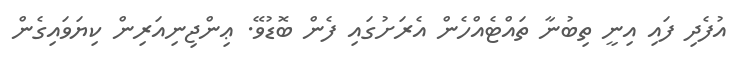
އުފެދި ފައި އިނީ ތިބުނާ ތައްޓެއްހެން އެރަށުގައި ފެން ބޮޑުވޭ. ޢިންޖިނިއަރިން ކިޔަވައިގެން